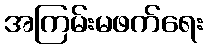
အကြမ်းမဖက်ရေး